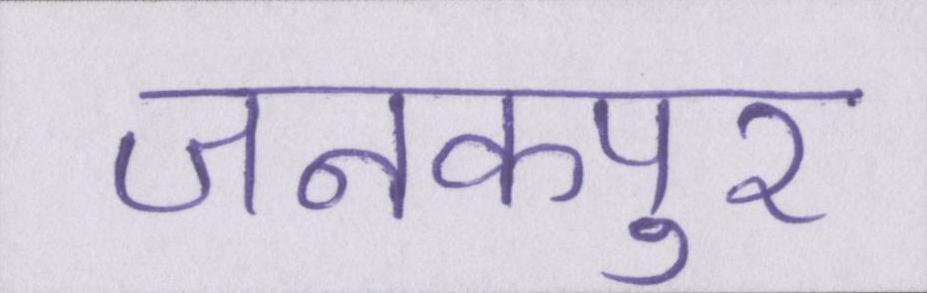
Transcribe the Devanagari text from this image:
जनकपुर